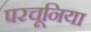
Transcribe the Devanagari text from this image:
परचूनिया